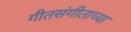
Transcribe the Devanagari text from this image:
गीतसंगीताच्या